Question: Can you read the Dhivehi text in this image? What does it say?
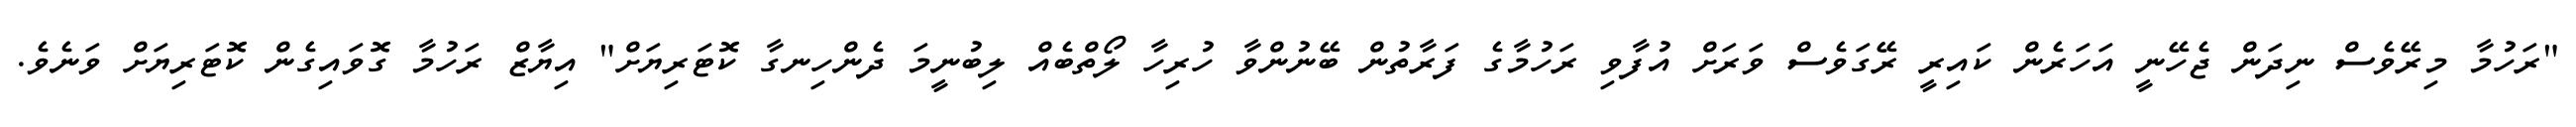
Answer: "ރަހުމާ މިރޭވެސް ނިދަން ޖެހޭނީ އަހަރެން ކައިރީ ރޭގަވެސް ވަރަށް އުފާވި ރަހުމާގެ ފަރާތުން ބޭނުންވާ ހުރިހާ ލޯތްބެއް ލިބުނީމަ ދެންހިނގާ ކޮޓަރިޔަށް" އިޔާޒް ރަހުމާ ގޮވައިގެން ކޮޓަރިޔަށް ވަނެވެ.